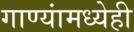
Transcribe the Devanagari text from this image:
गाण्यांमध्येही